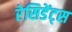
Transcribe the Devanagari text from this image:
रेसिडेंट्स